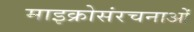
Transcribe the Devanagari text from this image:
माइक्रोसंरचनाओं